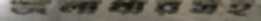
জলাধারসহ